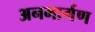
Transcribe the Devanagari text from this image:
अनमार्गण